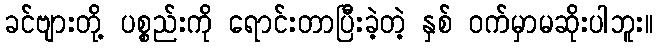
ခင်ဗျားတို့ ပစ္စည်းကို ရောင်းတာပြီးခဲ့တဲ့ နှစ် ဝက်မှာမဆိုးပါဘူး။